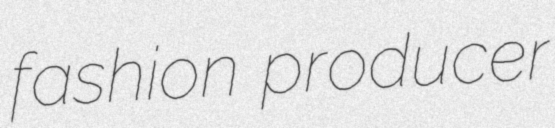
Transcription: fashion producer